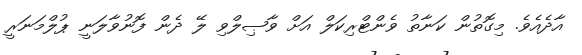
އާދެއެވެ. މިގޮތުން ކަނާތު ވެންޓްރިކަލް އަށް ވާޞިލްވި ލޭ ދެން ފޮނުވާލަނީ ޕުލްމަނަރީ